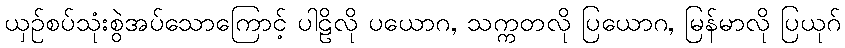
ယှဉ်စပ်သုံးစွဲအပ်သောကြောင့် ပါဠိလို ပယောဂ, သက္ကတလို ပြယောဂ, မြန်မာလို ပြယုဂ်